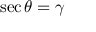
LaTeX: \sec \theta = \gamma